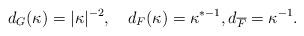
LaTeX: \begin{align*}d_{G} (\kappa) = \vert \kappa \vert^{-2}, \ \ \ d_{F} (\kappa ) =\kappa^{* -1 }, d_{\overline F} = \kappa^{-1}.\end{align*}